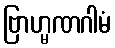
ဗြာဟ္မဏဂါမံ